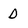
Character: D